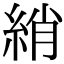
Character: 綃